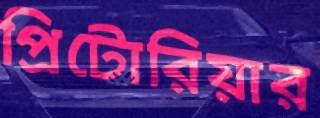
প্রিটোরিয়ার